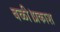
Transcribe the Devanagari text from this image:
बळी।प्रकाश